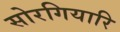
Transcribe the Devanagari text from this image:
सोरगियारि